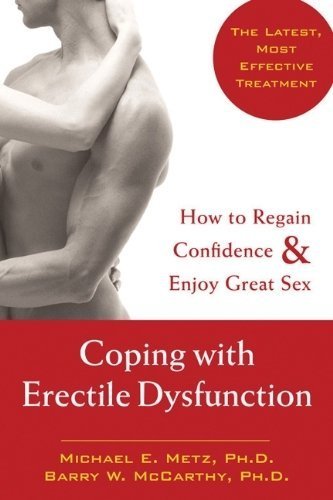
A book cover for Coping with Erectile Dysfunction: How to Regain Confidence and Enjoy Great Sex of Metz, Michael E., McCarthy, Barry W. on 01 November 2004; Health, Fitness & Dieting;